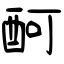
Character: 酠